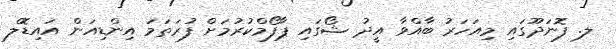
ލ. ފޮނަދޫގައި މިއަހަރު ބާއްވާ އީދު ޝޯގައި ޕާފޯމްކުރުމަށް ފުރަތަމަ އިންޑިއަން އައިޑޮލް